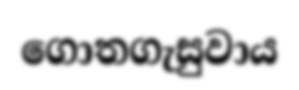
ගොතගැසුවාය